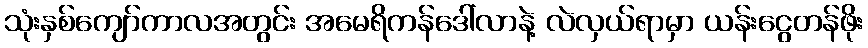
သုံးနှစ်ကျော်ကာလအတွင်း အမေရိကန်ဒေါ်လာနဲ့ လဲလှယ်ရာမှာ ယန်းငွေတန်ဖိုး